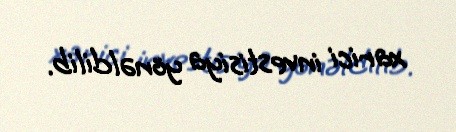
xarici investisiya yönəldilib.